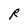
Character: R